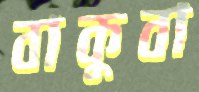
বাকুবা